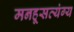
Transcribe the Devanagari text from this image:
मनहूसव्यंग्य